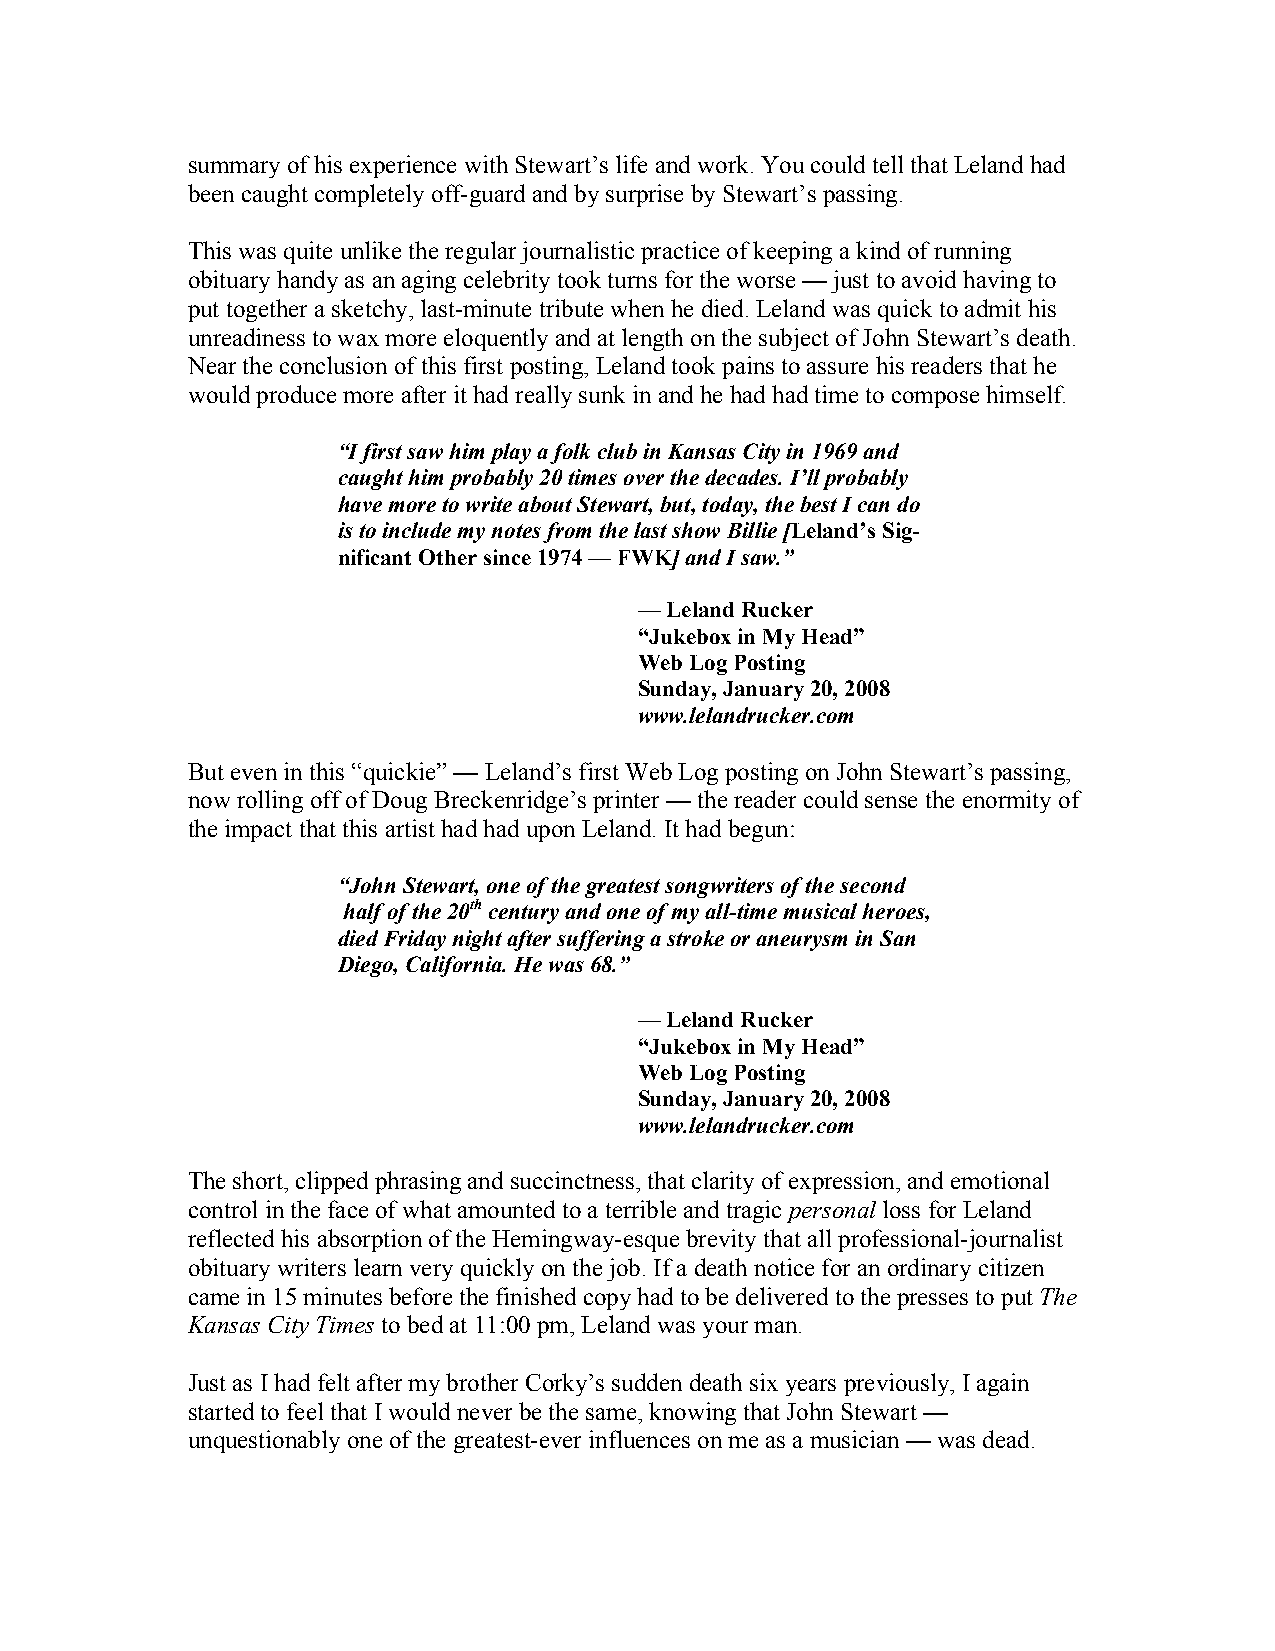
summary of his experience with Stewart’s life and work. You could tell that Leland had
 been caught completely off-guard and by surprise by Stewart’s passing.
 This was quite unlike the regular journalistic practice of keeping a kind of running
 obituary handy as an aging celebrity took turns for the worse — just to avoid having to
 put together a sketchy, last-minute tribute when he died. Leland was quick to admit his
 unreadiness to wax more eloquently and at length on the subject of John Stewart’s death.
 Near the conclusion of this first posting, Leland took pains to assure his readers that he
 would produce more after it had really sunk in and he had had time to compose himself.
 “I first saw him play a folk club in Kansas City in 1969 and
 caught him probably 20 times over the decades. I’ll probably
 have more to write about Stewart, but, today, the best I can do
 is to include my notes from the last show Billie [Leland’s Sig-
 nificant Other since 1974 — FWK] and I saw.”
 — Leland Rucker
 “Jukebox in My Head”
 Web Log Posting
 Sunday, January 20, 2008
 www.lelandrucker.com
 But even in this “quickie” — Leland’s first Web Log posting on John Stewart’s passing,
 now rolling off of Doug Breckenridge’s printer — the reader could sense the enormity of
 the impact that this artist had had upon Leland. It had begun:
 “John Stewart, one of the greatest songwriters of the second
 half of the 20th century and one of my all-time musical heroes,
 died Friday night after suffering a stroke or aneurysm in San
 Diego, California. He was 68.”
 — Leland Rucker
 “Jukebox in My Head”
 Web Log Posting
 Sunday, January 20, 2008
 www.lelandrucker.com
 The short, clipped phrasing and succinctness, that clarity of expression, and emotional
 control in the face of what amounted to a terrible and tragic personal loss for Leland
 reflected his absorption of the Hemingway-esque brevity that all professional-journalist
 obituary writers learn very quickly on the job. If a death notice for an ordinary citizen
 came in 15 minutes before the finished copy had to be delivered to the presses to put The
 Kansas City Times to bed at 11:00 pm, Leland was your man.
 Just as I had felt after my brother Corky’s sudden death six years previously, I again
 started to feel that I would never be the same, knowing that John Stewart —
 unquestionably one of the greatest-ever influences on me as a musician — was dead.